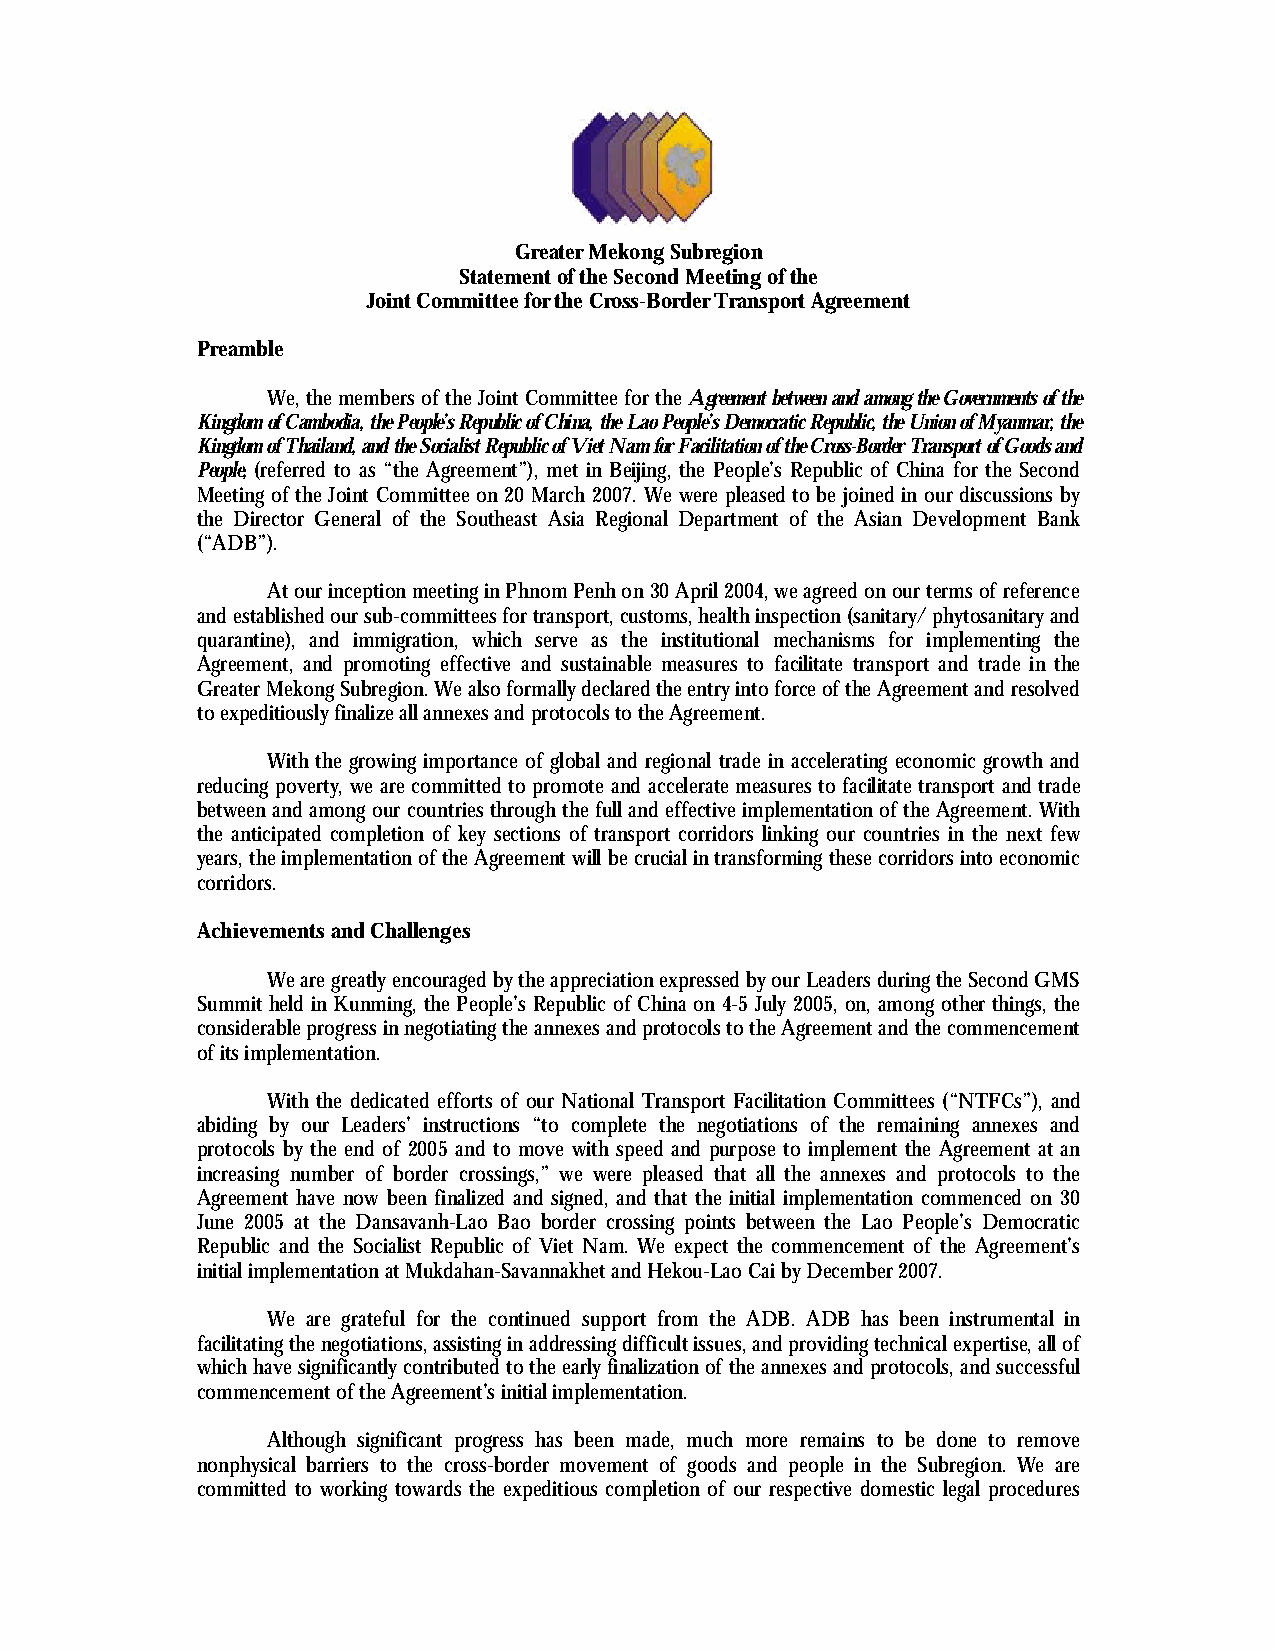
Greater Mekong Subregion
 Statement of the Second Meeting of the
 Joint Committee for the Cross-Border Transport Agreement
 Preamble
 We, the members of the Joint Committee for the Agreement between and among the Governments of the
 Kingdom of Cambodia, the People’s Republic of China, the Lao People’s Democratic Republic, the Union of Myanmar, the
 Kingdom of Thailand, and the Socialist Republic of Viet Nam for Facilitation of the Cross-Border Transport of Goods and
 People, (referred to as “the Agreement”), met in Beijing, the People’s Republic of China for the Second
 Meeting of the Joint Committee on 20 March 2007. We were pleased to be joined in our discussions by
 the Director General of the Southeast Asia Regional Department of the Asian Development Bank
 (“ADB”).
 At our inception meeting in Phnom Penh on 30 April 2004, we agreed on our terms of reference
 and established our sub-committees for transport, customs, health inspection (sanitary/ phytosanitary and
 quarantine), and immigration, which serve as the institutional mechanisms for implementing the
 Agreement, and promoting effective and sustainable measures to facilitate transport and trade in the
 Greater Mekong Subregion. We also formally declared the entry into force of the Agreement and resolved
 to expeditiously finalize all annexes and protocols to the Agreement.
 With the growing importance of global and regional trade in accelerating economic growth and
 reducing poverty, we are committed to promote and accelerate measures to facilitate transport and trade
 between and among our countries through the full and effective implementation of the Agreement. With
 the anticipated completion of key sections of transport corridors linking our countries in the next few
 years, the implementation of the Agreement will be crucial in transforming these corridors into economic
 corridors.
 Achievements and Challenges
 We are greatly encouraged by the appreciation expressed by our Leaders during the Second GMS
 Summit held in Kunming, the People’s Republic of China on 4-5 July 2005, on, among other things, the
 considerable progress in negotiating the annexes and protocols to the Agreement and the commencement
 of its implementation.
 With the dedicated efforts of our National Transport Facilitation Committees (“NTFCs”), and
 abiding by our Leaders’ instructions “to complete the negotiations of the remaining annexes and
 protocols by the end of 2005 and to move with speed and purpose to implement the Agreement at an
 increasing number of border crossings,” we were pleased that all the annexes and protocols to the
 Agreement have now been finalized and signed, and that the initial implementation commenced on 30
 June 2005 at the Dansavanh-Lao Bao border crossing points between the Lao People’s Democratic
 Republic and the Socialist Republic of Viet Nam. We expect the commencement of the Agreement’s
 initial implementation at Mukdahan-Savannakhet and Hekou-Lao Cai by December 2007.
 We are grateful for the continued support from the ADB. ADB has been instrumental in
 facilitating the negotiations, assisting in addressing difficult issues, and providing technical expertise, all of
 which have significantly contributed to the early finalization of the annexes and protocols, and successful
 commencement of the Agreement’s initial implementation.
 Although significant progress has been made, much more remains to be done to remove
 nonphysical barriers to the cross-border movement of goods and people in the Subregion. We are
 committed to working towards the expeditious completion of our respective domestic legal procedures